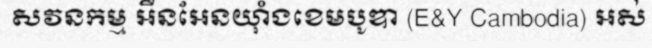
សវនកម្ម អឺនអែនយ៉ាំងខេមបូឌា (E&Y Cambodia) អស់